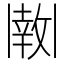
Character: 𫡊